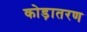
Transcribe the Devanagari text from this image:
कोड़ातरण